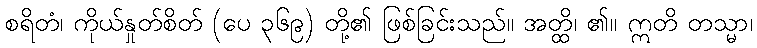
စရိတံ၊ ကိုယ်နှုတ်စိတ် (ပေ ၃၆၉) တို့၏ ဖြစ်ခြင်းသည်။ အတ္ထိ၊ ၏။ ဣတိ တသ္မာ၊